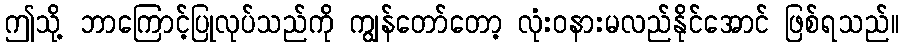
ဤသို့ ဘာကြောင့်ပြုလုပ်သည်ကို ကျွန်တော်တော့ လုံးဝနားမလည်နိုင်အောင် ဖြစ်ရသည်။